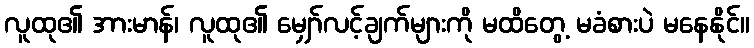
လူထု၏ အားမာန်၊ လူထု၏ မျှော်လင့်ချက်များကို မထိတွေ့ မခံစားပဲ မနေနိုင်။